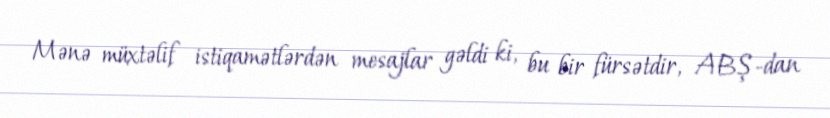
Mənə müxtəlif istiqamətlərdən mesajlar gəldi ki, bu bir fürsətdir, ABŞ-dan